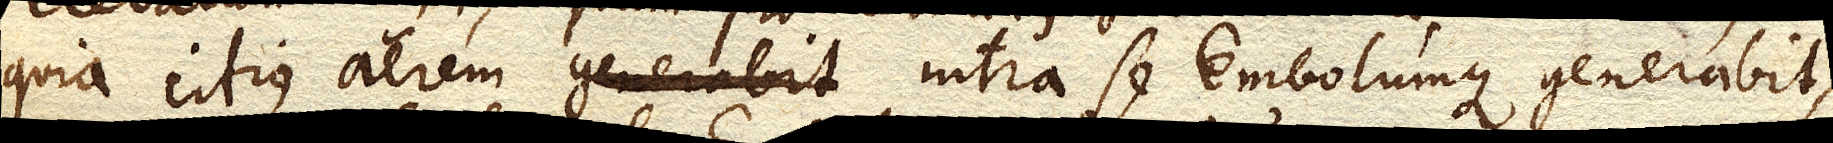
quia citius aerem intra se Embolumque generabit,